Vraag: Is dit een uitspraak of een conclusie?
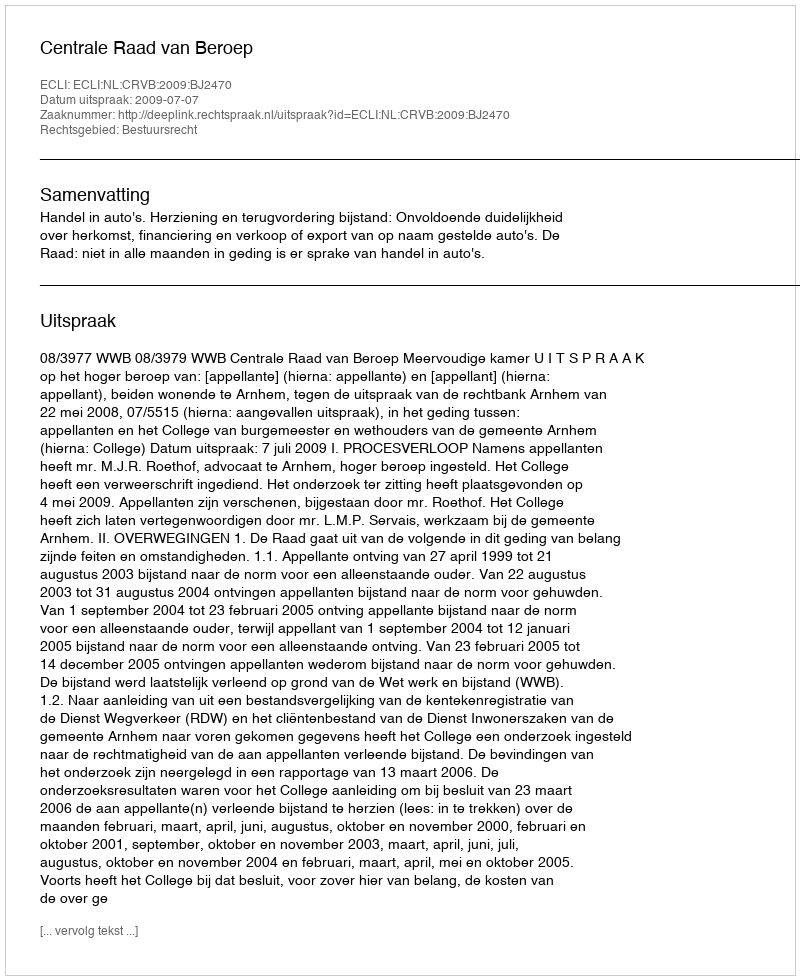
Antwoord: Uitspraak